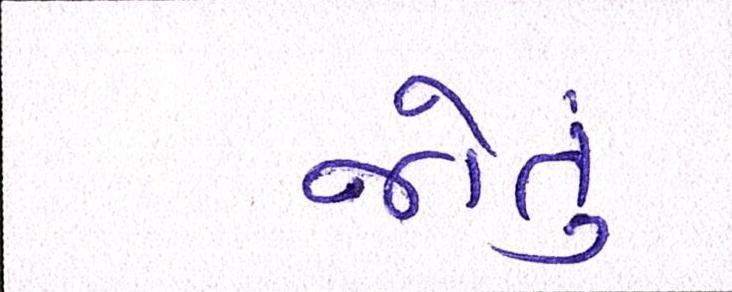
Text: જોતું